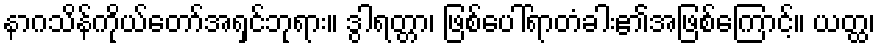
နာဂသိန်ကိုယ်တော်အရှင်ဘုရား။ ဒွါရတ္တာ၊ ဖြစ်ပေါ်ရာတံခါး၏အဖြစ်ကြောင့်။ ယတ္ထ၊